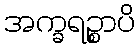
အက္ခရဉ္စာပိ